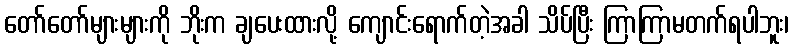
တော်တော်များများကို ဘိုးက ချပေးထားလို့ ကျောင်းရောက်တဲ့အခါ သိပ်ပြီး ကြာကြာမတက်ရပါဘူး၊